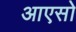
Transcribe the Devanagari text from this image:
आएसो